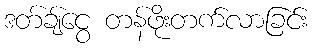
ဒတ်ချ်ငွေ တန်ဖိုးတက်လာခြင်း